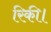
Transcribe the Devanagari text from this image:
रिकी।